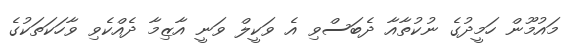
މައުމޫން ހަމީދުގެ ނުކުތާއާ ދެބަސްވި އެ ވަކީލް ވަނީ އާޒިމާ ދެއްކެވި ވާހަކަތަކުގެ